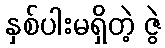
နှစ်ပါးမရှိတဲ့ ဇွဲ